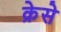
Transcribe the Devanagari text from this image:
क्रेसे